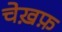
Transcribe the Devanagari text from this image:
चेख़फ़